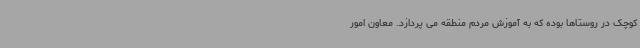
کوچک در روستاها بوده که به آموزش مردم منطقه می پردازد. معاون امور